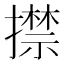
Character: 㩒